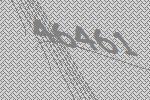
46461